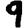
Digit: 9